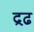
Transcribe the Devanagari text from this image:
द्रढ